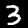
Digit: 3